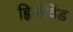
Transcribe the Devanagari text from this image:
ह्विर्लविंड